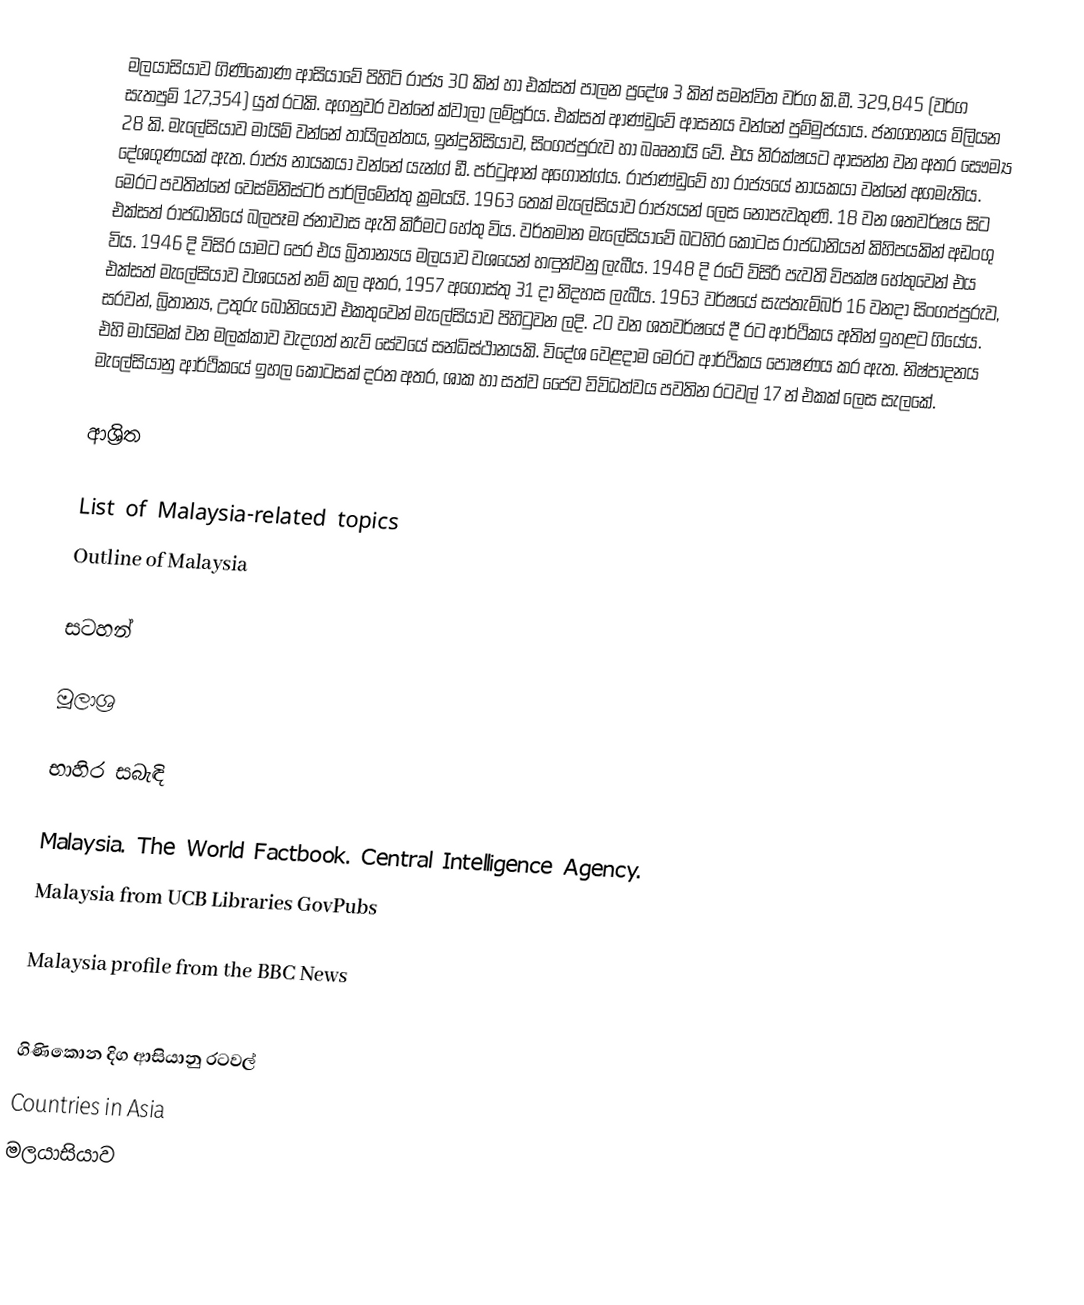
මලයාසියාව ගිණිකොණ ආසියාවේ පිහිටි රාජ්‍ය 30 කින් හා එක්සත් පාලන ප්‍රදේශ 3 කින් සමන්විත වර්ග කි.මී. 329,845 (වර්ග සැතපුම් 127,354) යුත් රටකි. අගනුවර වන්නේ ක්වාලා ලම්පූර්ය. එක්සත් ආණ්ඩුවේ ආසනය වන්නේ පුම්මුජයාය. ජනගහනය මිලියන 28 කි. මැලේසියාව මායිම් වන්නේ තායිලන්තය, ඉන්දුනිසියාව, සිංගප්පුරුව හා බෲනායි වේ. එය නිරක්ෂයට ආසන්න වන අතර සෞම්‍ය දේශගුණයක් ඇත. රාජ්‍ය නායකයා වන්නේ යැන්ග් ඩී. පර්ටුආන් අ‍ගොන්ග්ය. රාජාණ්ඩුවේ හා රාජ්‍යයේ නායකයා වන්නේ අගමැතිය. මෙරට පවතින්නේ වෙස්මිනිස්ටර් පාර්ලිමේන්තු ක්‍රමයයි. 1963 තෙක් මැලේසියාව රාජ්‍යයන් ලෙස නොපැවතුණි. 18 වන ශතවර්ෂය සිට එක්සත් රාජධානියේ බලපෑම ජනාවාස ඇති කිරීමට හේතු විය. වර්තමාන මැලේසියාවේ බටහිර කොටස රාජධානියන් කිහිපයකින් අඩංගු විය. 1946 දි විසිර යාමට පෙර එය බ්‍රිතාන්‍යය මලයාව වශයෙන් හඳුන්වනු ලැබීය. 1948 දි රටේ විසිරි පැවති විපක්ෂ හේතුවෙන් එය එක්සත් මැලේසියාව වශයෙන් නම් කල අතර, 1957 අගෝස්තු 31 දා නිදහස ලැබීය. 1963 වර්ෂයේ සැප්තැම්බර් 16 වනදා සිංගප්පුරුව, සරවන්, බ්‍රිතාන්‍ය, උතුරු බෝනියෝව එකතුවෙන් මැලේසියාව පිහිටුවන ලදි. 20 වන ශතවර්ෂයේ දී රට ආර්ථිකය අතින් ඉහළට ගියේය. එහි මායිමක් වන මලක්කාව වැදගත් නැව් සේවයේ සන්ධිස්ථානයකි. විදේශ වෙළදාම මෙරට ආර්ථිකය පෝෂණය කර ඇත. නිෂ්පාදනය මැලේසියානු ආර්ථිකයේ ඉහල කොටසක් දරන අතර, ශාක හා සත්ව ජෛව විවිධත්වය පවතින රටවල් 17 න් එකක් ලෙස සැලකේ.

ආශ්‍රිත

 List of Malaysia-related topics
 Outline of Malaysia

සටහන්

මූලාශ්‍ර

භාහිර සබැඳි

 Malaysia. The World Factbook. Central Intelligence Agency.
 Malaysia from UCB Libraries GovPubs

 Malaysia profile from the BBC News

ගිණිකොන දිග ආසියානු රටවල්
Countries in Asia
මලයාසියාව